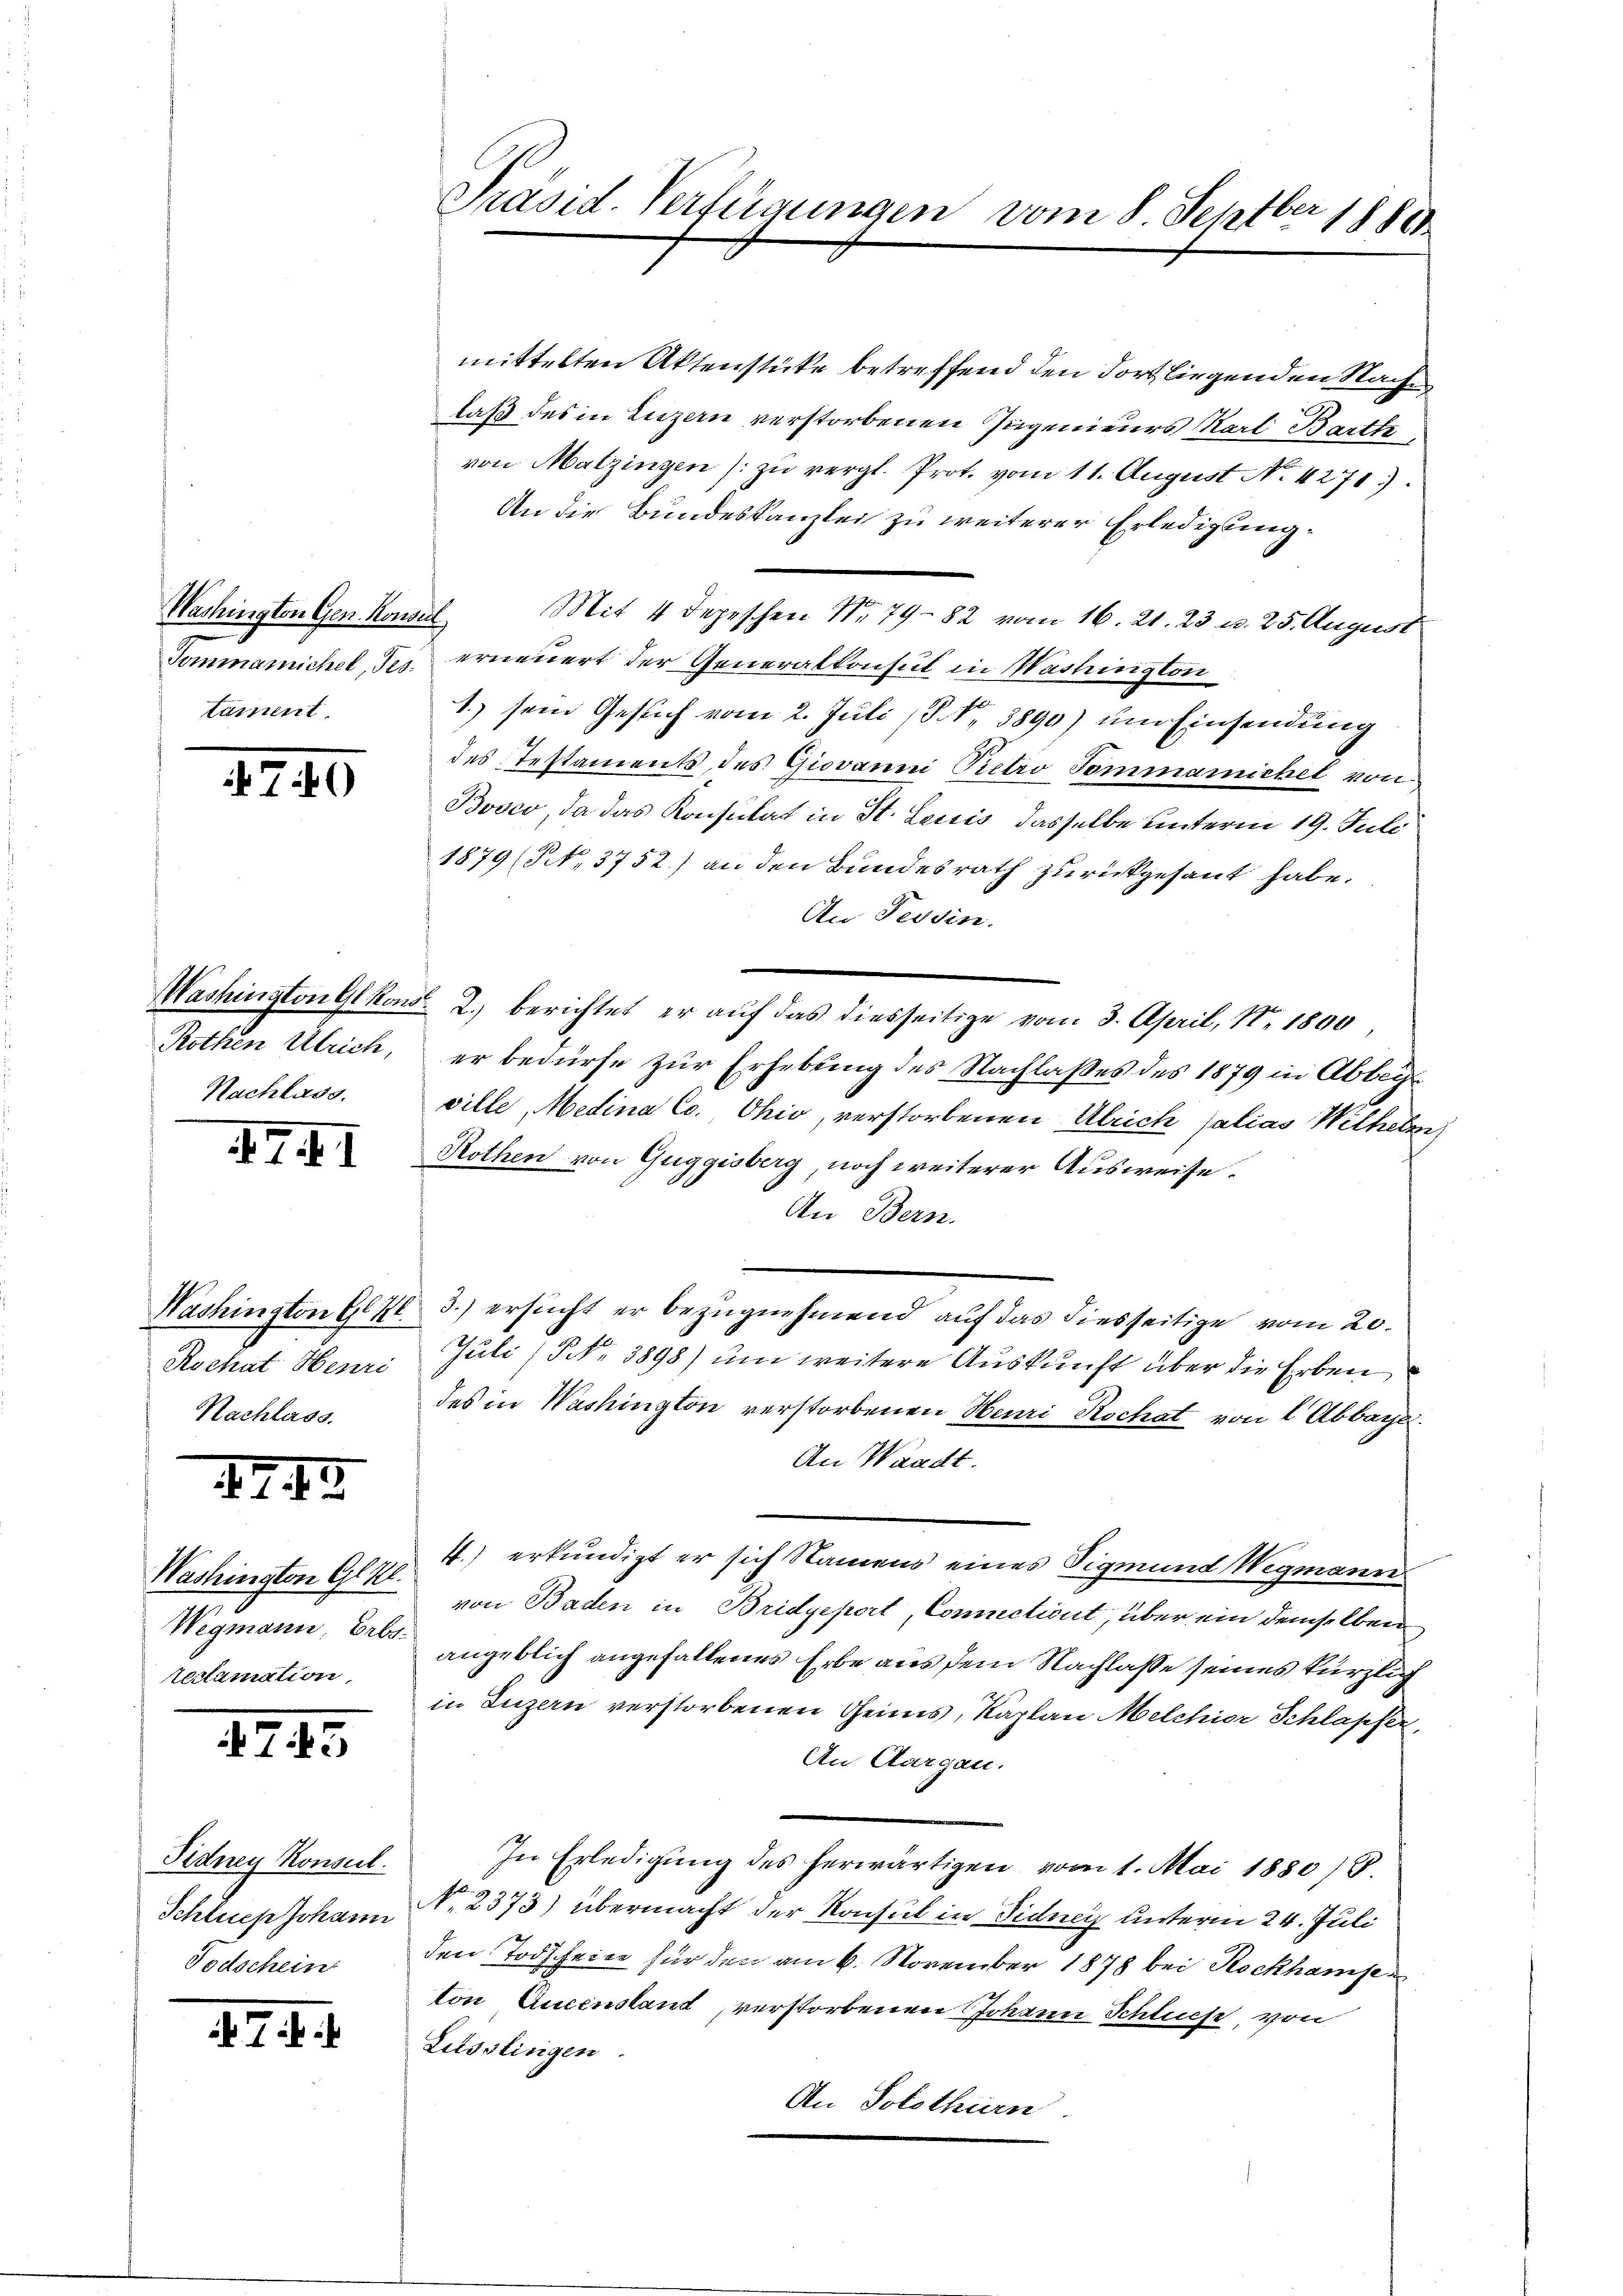
Washingten Gen. Konseil
tament

740

Nachlass

XIII

Rochat Henri
Nachlass

47

Washington Glkt.
Wegmann, Erbs-
reclamation,

1745

Fidney Konseil.
Schlues Johann
Todschein

17. d. d.

Präsid. Verfügungen vom 8. Septber 18800

mittelten Aktenstücke betreffend den Fort liegenden Nache
laß des in Luzern verstorbenen Ingenieurs Karl Barthe
von Malzingen zu vergl. Prot. vom 11. August No. 4271)
An die Bundeskanzlei zu weiterer Erledigung¬
Mit 4 Depeschen No 79—82 vom 16. 21. 23 u. 25. August
Tommamichel, es erneuert der Generalkonsul in Washington
1.) sein Gesuch vom 2. Juli (§ 3890) um Einsendung
des Testaments, des Giovanni Pietro Tommannicket von
Booco, da das Konsulat in St. Lauis dasselbe unterm 19. Juli
1879 (NNo. 3752) an den Bundesrath zurückgesant habe.
An Tessin.
Washington G. Kons. 2. berichtet, er auf das diesseitige vom 3. April, Nr. 1890
Rothen Ulrich, er bedürfe zur Erhebung des Nachlaßes des 1879 in Ableg
ville, Medina Co. Ohio, verstorbenen Ulrich salias Wilhelm
Rothen von Guggisberg, noch weiterer Ausweise.
An Bern.
Washington G. Zl. 3.) ersucht er bezugnehmend auf das diesseitige vom 20.
Juli (§ NNo. 3898) um weitere Auskunft über die Erben
des in Washington verstorbenen Meuri Rochat von 2 Abbaye
An Waadt.
4.) erkundigt er sich Namens eines Sigmund Wegmann
von Baden in Bridgepert, Comnclicit, über ein demselben
angeblich angefallenes Erbe aus dem Nachlasse seines kürzlich
in Luzern verstorbenen Geims, Kaplan Melchior Schlapfer,
An Aargau.
In Erledigung des herwärtigen vom 1. Mai 1880) S.
No. 2373) übermacht der Konsul in Fidney unterm 24. Juli
den Todschein für den am 6. November 1878 bei Rockhamse
ton Aucenstand, verstorbenen Johann Schliche, von
Lisslinigen.
An Solothurn